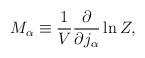
LaTeX: \begin{align*}M_\alpha\equiv\frac{1}{V}\frac{\partial}{\partial j_\alpha}\ln Z,\end{align*}